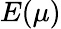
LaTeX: E(\mu)